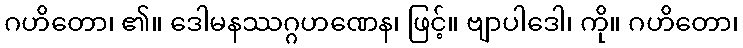
ဂဟိတော၊ ၏။ ဒေါမနဿဂ္ဂဟဏေန၊ ဖြင့်။ ဗျာပါဒေါ၊ ကို။ ဂဟိတော၊